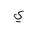
Letter: _ya